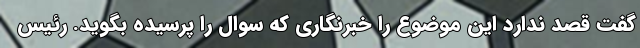
گفت قصد ندارد این موضوع را خبرنگاری که سوال را پرسیده بگوید. رئیس